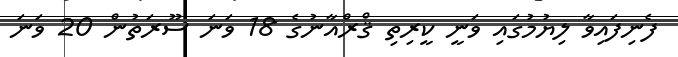
ފެނިފައިވާ ލިޔުމުގައި ވަނީ ކީރިތި ޤްރްއާނުގެ 18 ވަނަ ސޫރަތުން 20 ވަނަ